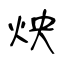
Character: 炴